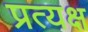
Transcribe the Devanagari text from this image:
प्रत्यक्ष